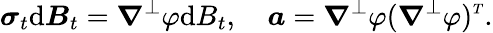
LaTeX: \boldsymbol{\sigma}_{t}\mathrm{d}\boldsymbol{B}_{t}=\boldsymbol{\nabla}^{\perp}\varphi\mathrm{d}B_{t},\quad\boldsymbol{a}=\boldsymbol{\nabla}^{\perp}\varphi(\boldsymbol{\nabla}^{\perp}\varphi)^{\scriptscriptstyle T}.